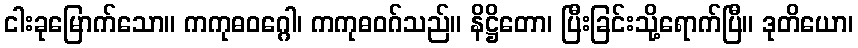
ငါးခုမြောက်သော။ ကကုဓဝဂ္ဂေါ၊ ကကုဓဝဂ်သည်။ နိဋ္ဌိတော၊ ပြီးခြင်းသို့ရောက်ပြီ။ ဒုတိယော၊